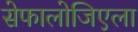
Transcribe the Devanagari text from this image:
सेफालोजिएला